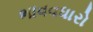
ભાવવધારો